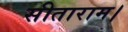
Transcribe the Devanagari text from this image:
सीताराम।